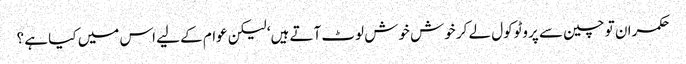
حکمران تو چین سے پروٹوکول لے کر خوش خوش لوٹ آتے ہیں‘ لیکن عوام کے لیے اس میں کیا ہے ؟